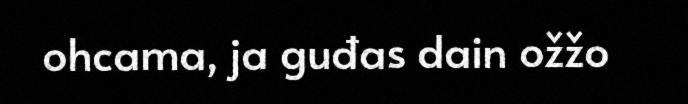
ohcama, ja guđas dain ožžo